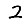
Digit: 2